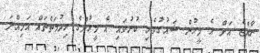
ރާއްޖެ އަށް އެ މީހުން ޝައުގުވެރި ކުރުވައި އެ މީހުންގެ ހިދުމަތްތައް އަމިއްލަ